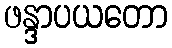
ဖန္ဒာပယတော